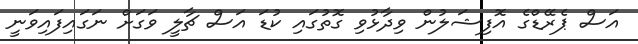
އަސް ޕެރޭޑްގެ އޮފިޝަލުން ވިދާޅުވި ގޮތުގައި ކުޑަ އަސް ޗާލީ ވަގަށް ނަގައިފައިވަނީ